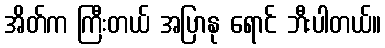
အိတ်က ကြီးတယ် အပြာနု ရောင် ဘီးပါတယ်။